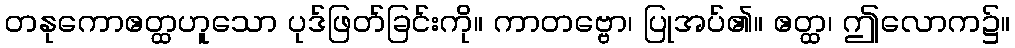
တနုကောဧတ္ထဟူသော ပုဒ်ဖြတ်ခြင်းကို။ ကာတဗ္ဗော၊ ပြုအပ်၏။ ဧတ္ထ၊ ဤလောက၌။